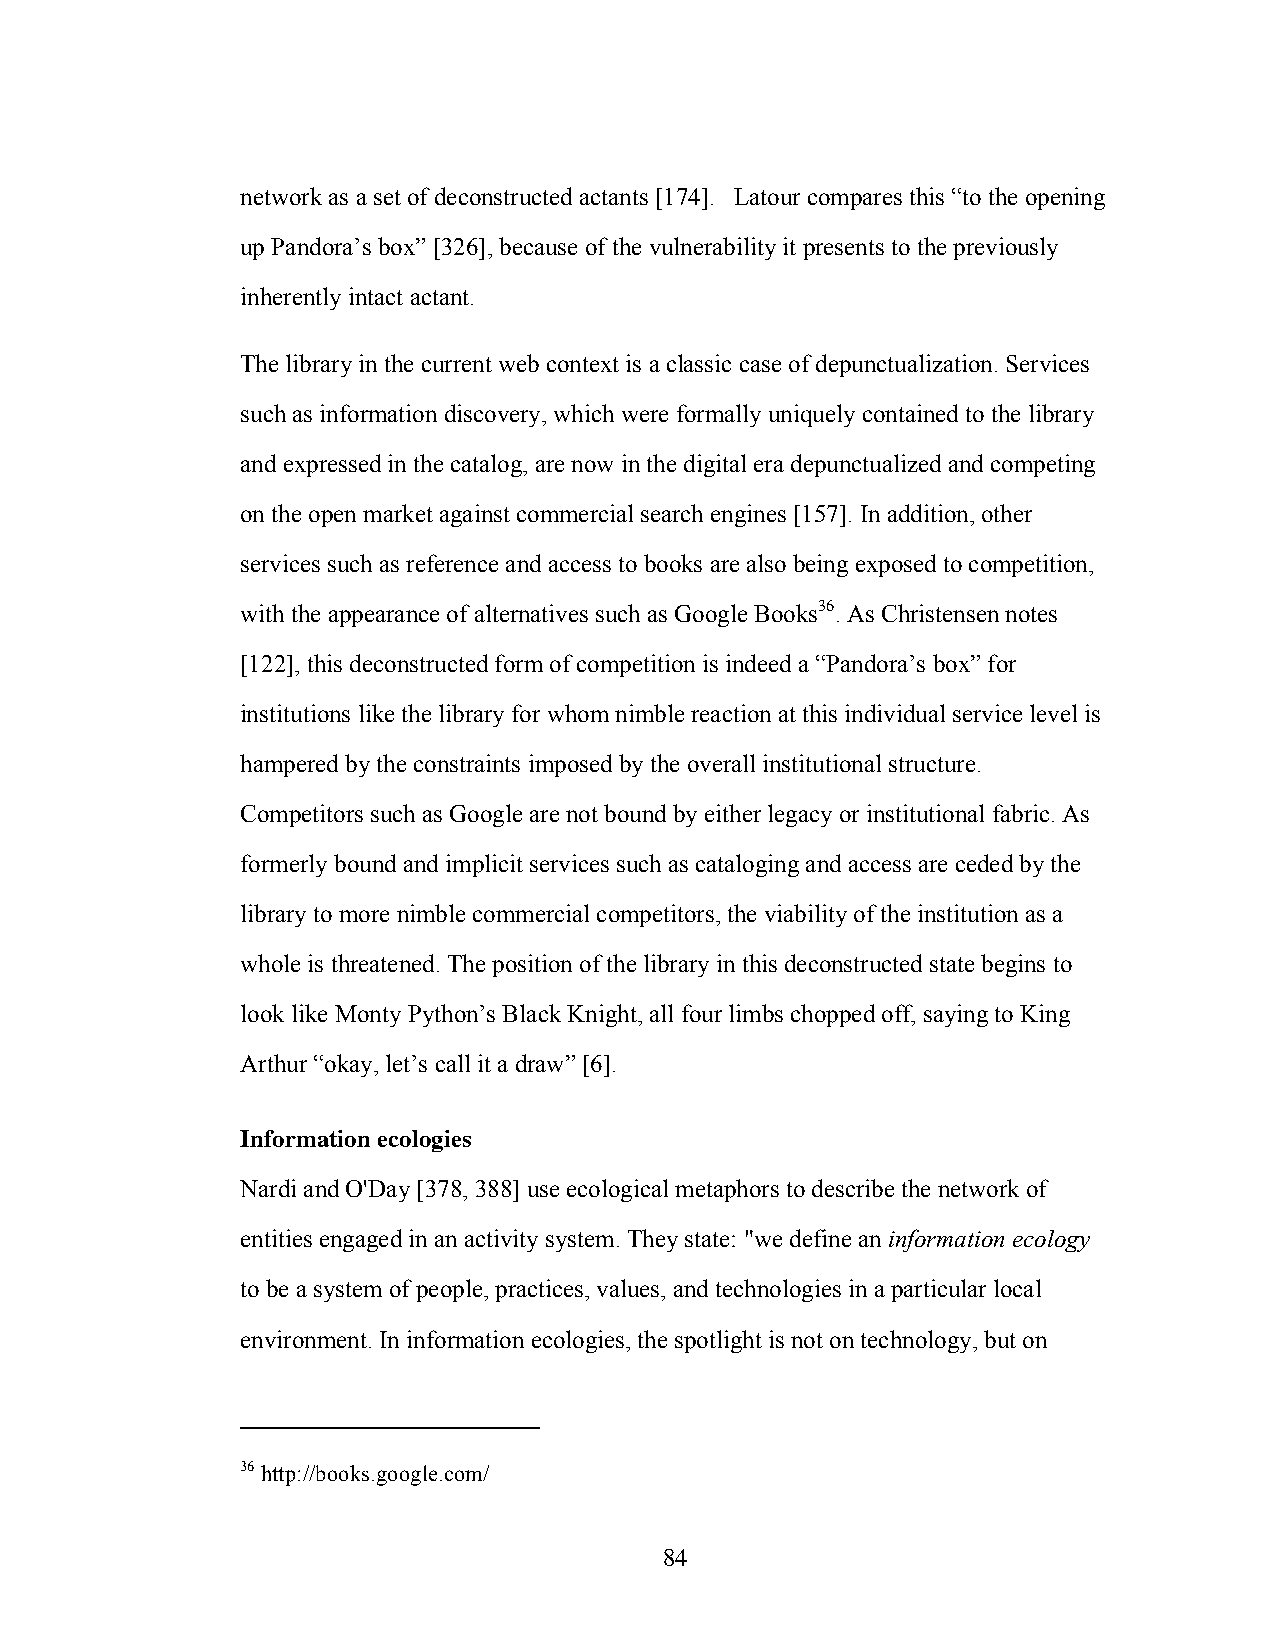
network as a set of deconstructed actants [174]. Latour compares this “to the opening
 up Pandora’s box” [326], because of the vulnerability it presents to the previously
 inherently intact actant.
 The library in the current web context is a classic case of depunctualization. Services
 such as information discovery, which were formally uniquely contained to the library
 and expressed in the catalog, are now in the digital era depunctualized and competing
 on the open market against commercial search engines [157]. In addition, other
 services such as reference and access to books are also being exposed to competition,
 with the appearance of alternatives such as Google Books36. As Christensen notes
 [122], this deconstructed form of competition is indeed a “Pandora’s box” for
 institutions like the library for whom nimble reaction at this individual service level is
 hampered by the constraints imposed by the overall institutional structure.
 Competitors such as Google are not bound by either legacy or institutional fabric. As
 formerly bound and implicit services such as cataloging and access are ceded by the
 library to more nimble commercial competitors, the viability of the institution as a
 whole is threatened. The position of the library in this deconstructed state begins to
 look like Monty Python’s Black Knight, all four limbs chopped off, saying to King
 Arthur “okay, let’s call it a draw” [6].
 Information ecologies
 Nardi and O'Day [378, 388] use ecological metaphors to describe the network of
 entities engaged in an activity system. They state: "we define an information ecology
 to be a system of people, practices, values, and technologies in a particular local
 environment. In information ecologies, the spotlight is not on technology, but on
 36 http://books.google.com/
 84